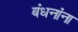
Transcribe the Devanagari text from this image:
बंधनांना